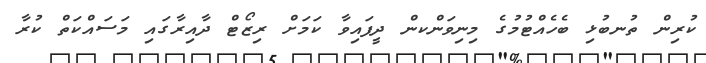
ކުރިން ތުނބުޅި ބެހެއްޓުމުގެ މިނިވަންކން ދީފައިވާ ކަމަށް ރިޒޯޓް ދާއިރާގައި މަސައްކަތް ކުރާ